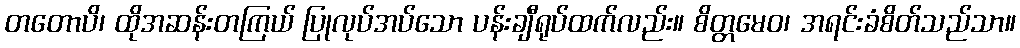
တတောပိ၊ ထိုအဆန်းတကြယ် ပြုလုပ်အပ်သော ပန်းချီရုပ်ထက်လည်း။ စိတ္တမေဝ၊ အရင်းခံစိတ်သည်သာ။